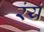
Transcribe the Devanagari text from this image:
रंयं